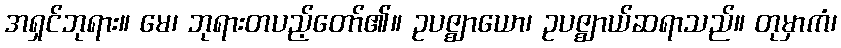
အရှင်ဘုရား။ မေ၊ ဘုရားတပည့်တော်၏။ ဥပဇ္ဈာယော၊ ဥပဇ္ဈာယ်ဆရာသည်။ တုမှာကံ၊